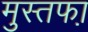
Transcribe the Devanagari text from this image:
मुस्तफा़